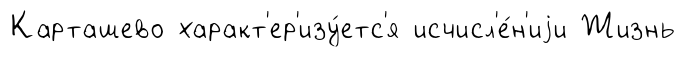
Карташево характ'ер'изу́етс'я исчисл'е́н'иjи Жизнь